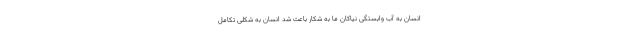
انسان به آب وابستگی نیاکان ما به شکار باعث شد انسان به شکلی تکامل